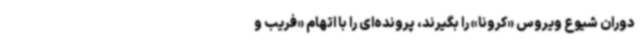
دوران شیوع ویروس «کرونا» را بگیرند، پرونده‌ای را با اتهام «فریب و